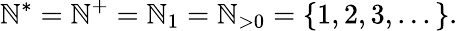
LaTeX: \mathbb{N}^{*}=\mathbb{N}^{+}=\mathbb{N}_{1}=\mathbb{N}_{>0}=\{ 1,2,3,...\} .